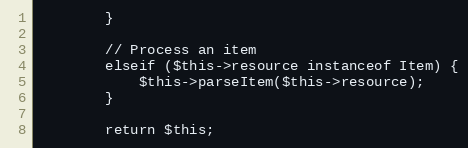
Language: PHP
        }

        // Process an item
        elseif ($this->resource instanceof Item) {
            $this->parseItem($this->resource);
        }

        return $this;